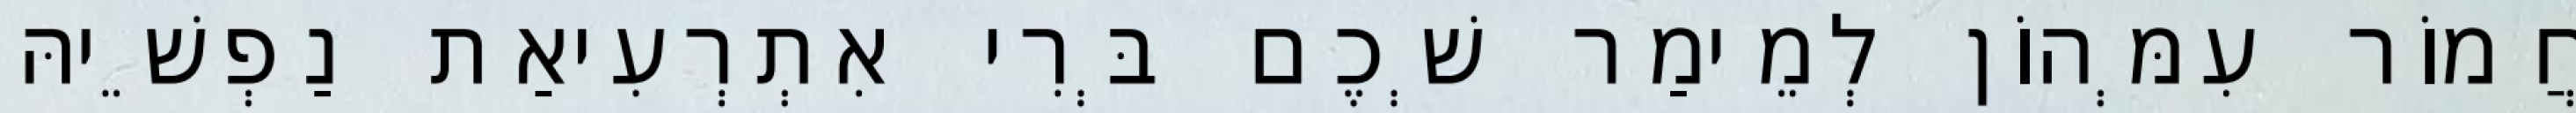
חֲמוֹר עִמְּהוֹן לְמֵימַר שְׁכֶם בְּרִי אִתְרְעִיאַת נַפְשֵׁיהּ